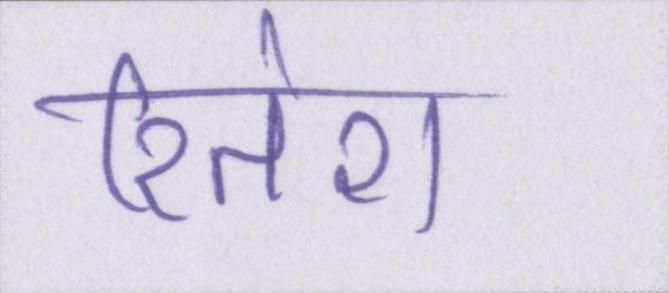
रितेश